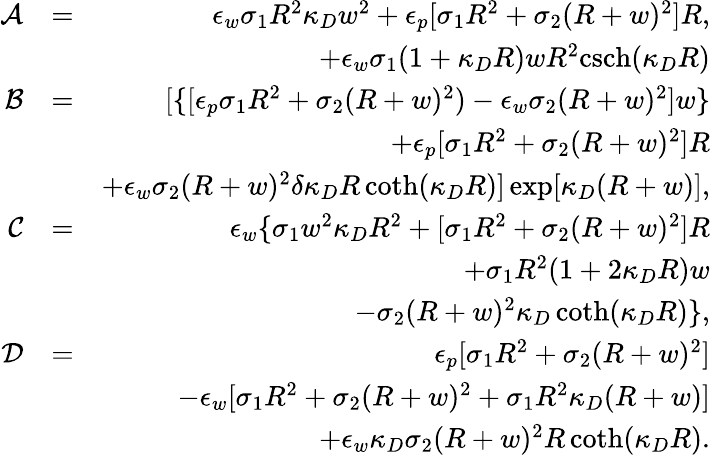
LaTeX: \begin{array}{rlr}{\mathcal{A}}&{=}&{\epsilon_{w}\sigma_{1}R^{2}\kappa_{D}w^{2}+\epsilon_{p}[\sigma_{1}R^{2}+\sigma_{2}(R+w)^{2}]R,}\\ &{}&{+\epsilon_{w}\sigma_{1}(1+\kappa_{D}R)wR^{2}\mathrm{csch}(\kappa_{D}R)}\\ {\mathcal{B}}&{=}&{[\{ [\epsilon_{p}\sigma_{1}R^{2}+\sigma_{2}(R+w)^{2})-\epsilon_{w}\sigma_{2}(R+w)^{2}]w\} }\\ &{}&{+\epsilon_{p}[\sigma_{1}R^{2}+\sigma_{2}(R+w)^{2}]R}\\ &{}&{+\epsilon_{w}\sigma_{2}(R+w)^{2}\delta\kappa_{D}R\coth(\kappa_{D}R)]\exp[\kappa_{D}(R+w)],}\\ {\mathcal{C}}&{=}&{\epsilon_{w}\{ \sigma_{1}w^{2}\kappa_{D}R^{2}+[\sigma_{1}R^{2}+\sigma_{2}(R+w)^{2}]R}\\ &{}&{+\sigma_{1}R^{2}(1+2\kappa_{D}R)w}\\ &{}&{-\sigma_{2}(R+w)^{2}\kappa_{D}\coth(\kappa_{D}R)\} ,}\\ {\mathcal{D}}&{=}&{\epsilon_{p}[\sigma_{1}R^{2}+\sigma_{2}(R+w)^{2}]}\\ &{}&{-\epsilon_{w}[\sigma_{1}R^{2}+\sigma_{2}(R+w)^{2}+\sigma_{1}R^{2}\kappa_{D}(R+w)]}\\ &{}&{+\epsilon_{w}\kappa_{D}\sigma_{2}(R+w)^{2}R\coth(\kappa_{D}R).}\end{array}